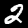
Digit: 2